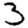
Digit: 3